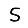
Digit: 5